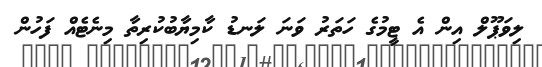
ލިވަޕޫލް އިން އެ ޓީމުގެ ހަތަރު ވަނަ ލަނޑު ކާމިޔާބުކުރިތާ މިނެޓެއް ފަހުން